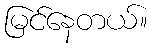
မြင်နေတယ်။